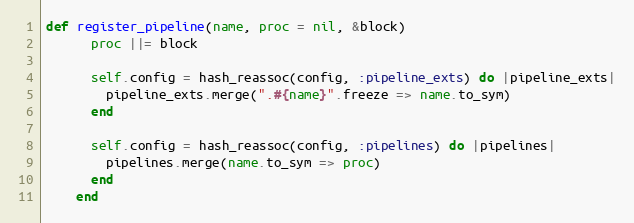
Language: Ruby
def register_pipeline(name, proc = nil, &block)
      proc ||= block

      self.config = hash_reassoc(config, :pipeline_exts) do |pipeline_exts|
        pipeline_exts.merge(".#{name}".freeze => name.to_sym)
      end

      self.config = hash_reassoc(config, :pipelines) do |pipelines|
        pipelines.merge(name.to_sym => proc)
      end
    end